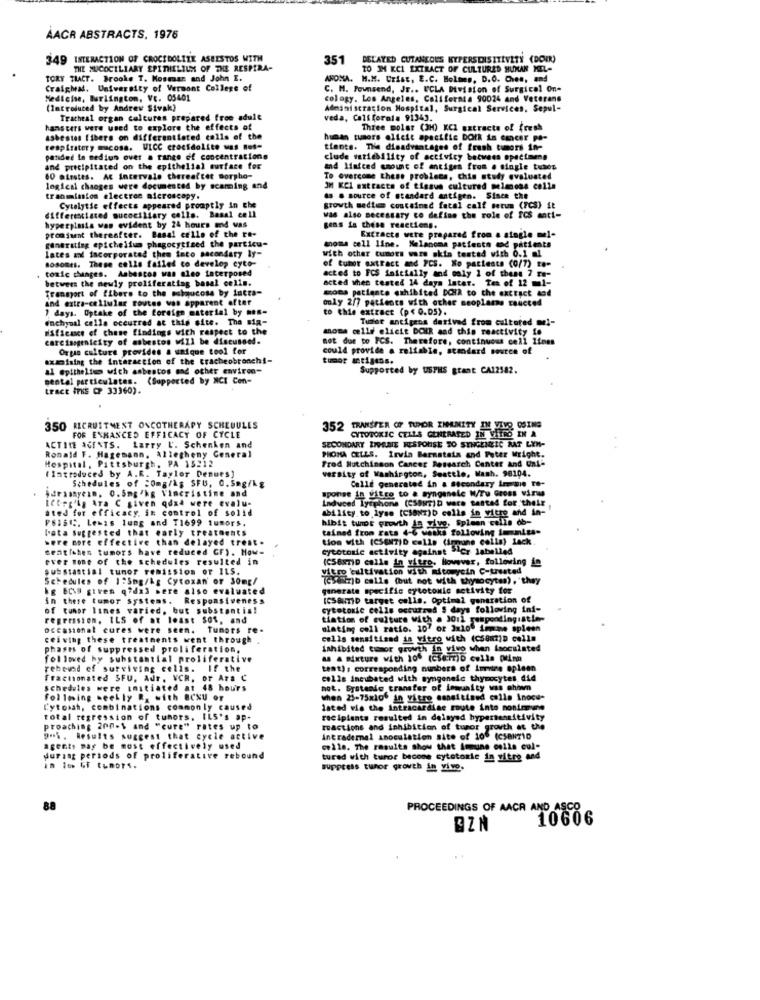
AACR ABSTRACTS, 1976
349 INTERACTION OF CROCIDOLITE ASBESTOS WITH
351
DELAYED CUTANEOUS KYFERSDISITEVETY (DOWN)
THE MUCOCILIARY EPITHELIUM OF THE RESPIRA-
TO IM KCI EXTRACT OF CULTURED HUMAN MEL-
TORY TIACT. Brooke T. Mosman and John I.
ANOMA. M.M. Urist, E.C. Holmes, D.O. Ches, and
Craighal, University of Vermont College of
C. M. Townsend, Jr .. UCLA Division of Surgical On-
Medleise, Burlington, Ve. 05401
cology. Los Angeles, California 90024 and Veterans
(Introduced by Andrev Sivak)
Administracion Hospital, Surgical Services, Sepul-
Tracheal organ cultures prepared free adult
veda, Call forala 91343.
hansters were used to explore the effects of
Three molar (3H) KCI satracts of fresh
asbestes Ithere on differentiated calls of the
human tumors elicit specific DOIk in cancer pa-
respiratory macosa. UICC crocidolite was not-
tients. The disadvantages of fresh tumors in-
panded la sediun over a range of concentratione
clude vatiebility of activity between specimens
and precipitated on the epithelial surface for
and limited amount of antiges from . single tubes
60 atrates. At Intervalo thereafter morpho-
To overcome these problece, this study evaluated
logical changes were documented by scamming and
JM KCl extracts of tissue cultured melmoss colle
tranmission electron microscopy.
do . source of standard antigen. Since the
Cytolytic effects appeared promptly in the
growth medlem contained fatal calf serum (FCS) ft
differentiated mucociliary calls. Basal cell
was also necessary co define the role of ICS anti-
hyperplasia was evident by 24 hours and was
gens in these reactions.
generating epichelium phagocytized the particu-
promsuent thereafter. Basal celle of the re-
Extracte were prepared from a stagle mel-
Lates and incorporated them tato secondary ly-
with other tumors ware skin tested with 0.1 al
anome cell line. Melanoma patfeste cod patients
tosomes. These colle failed to develop cyto-
toxic changes. Asbestos was aleo taterposed
of tumot extract and PCS. Ko paciente (0/7) to-
betwers the newly proliferating basal cells.
acted to FCS initially and only 1 of these 7 xs-
acted when tested 14 days later. Ten of 12 ml-
Transport of fibers to the submucosa by fatta-
moes patiente exhibited DCHA to the extract aod
and extra-cellular routes was apparent after
only 2/7 patients with other seoplans coucted
1 days. Uptake of the foreign material by men-
to this extract (p< 0.05).
enchymal calle occurred at this site. The sig-
Tuder antigens derived from cultured me !-
BSficace of chase findings with respect to the
moms celle elicit DOHR and this reactivity in
carcinogenicity of asbestos will be discussed.
not due to FCS. Therefore, continuous cell lines
Ortaa culture provides a unique tool for
could provide a reliable, standard soutes
exciting the interaction of the tracheobronchi-
tumor antigens.
al epithelium wich asbestos and other environ-
Supported by USPHS grant CA12582.
mental particulates. (Supported by NCI Con-
tract ITKE CP 33360).
350 RECRUITMENT ONCOTHERAPY SCHEDULES
352 TRANSFER OF RUPOR ZMUNITY IN VIVO OSING
CYTOTOXIC CELLS GENERATED IN VITRO IN A
FOR ENHANCED EFFICACY OF CYCLE
Ronald F. Hagemann, allegheny General
ACTIVE AGENTS. Larry L'. Schenken and
SECONDARY IMHELETE RESPONSE TO SYNGENEIC RAT LYN-
Hospital, Pittsburgh, PA 15212
PROMA CELLS. Irvin Barnstata and Peter Wright.
( Introduced by A.R. Taylor Denues)
Fred Hutchinson Cancer Research Center and Uni-
versity of Washington, Seattle, Mash. 98104.
Schedules of :0mg/ks SFU, 0. 5mg/kg
Calle generated in & secondary irene To-
$dristyein. 0.5mg/kg Vincristine and
ICorg'ky Ara C given qdad were evalu-
sponge in vitre to a syngeneic W/Tu Gross wirw
Induced Lysphone (CSONT)D wece santal for their
ated for efficacy in control of solid
ability to lyse [CSONT)b cells in vitro and in-
PSISI ;. Lewis lung and T1699 tumors.
hibit tunot growth in give, Spleen colis db-
bata suggested that early treatments
tained from rats 4-6 weeks following immiss-
were more effective than delayed treat.
tion with (CSENTID cells (immune colla) lack
sentishes tumors have reduced CF). How=
cytotoxic activity against SIcr labelled
ever one of the schedules resulted in
(CS687)D calle in yitre. lioviver, following in
substantial tumor remission or ILS.
vitro cultivation with
with mitoryein C-treated
Schedules of 1 :5mg/kg Cytoxan of 30mg/
(CSUirib calle (but not with thysocyten), "they
hg ECig given q7dal were also evaluated
generate specific cytotonic activity for
in these tumor systems.
Responsiveness
(CS&uiD target cells. Optimal generation of
of tumor lines varied, but substantis!
cytotoxic cells occurred S days following ini-
regression. ILS of at least $01, and
tiation of culture with a 3011 respondingistle-
occasional cures were seen.
Tumors re-
ulating coll ratio. 107 or 3x100 timme spleen
ceiving these treatments went through
cells sensitized in vitro with (C58m)D calln
phases of suppressed proliferation,
Inhibited tumor growth in vivo when isoculated
followed by substantial proliferative
MA A mixture with 10% (cSeizib cells pinn
rebensd ef surviving cells. If the
test) , corresponding numbers of immine spleen
Fractionated SFU, Adr. VCH, or Ara C
colis incubated with syngeneic thymocytes. did
schedules were initiated at 48 hours
not. Systemde transfer of lowunity was chow
Following weekly R. with BOXU or
when 25-75x106 in vitro saneitised cells inocu-
Cytomah, combinations commonly caused
lated via the Intracardine route into nonimmune
total regression of tuhors, ILS's ap-
recipients resulted in delayed hypersensitivity
proaching 200.1 and "cure" rates up to
reactions and inhibition of tumor growth at the
poh. Results suggest that cycle active
intradermal anoculation site of 106 (CSAN710
agents may be most effectively used
celle. The results show that immune colla cul-
during periods of proliferative rebound
tured with turor become cytotosie in yitre and
In Io Gi tumori.
suppress tumor growth in vivo.
88
PROCEEDINGS OF AACR AND ASCO
10606
@ZN